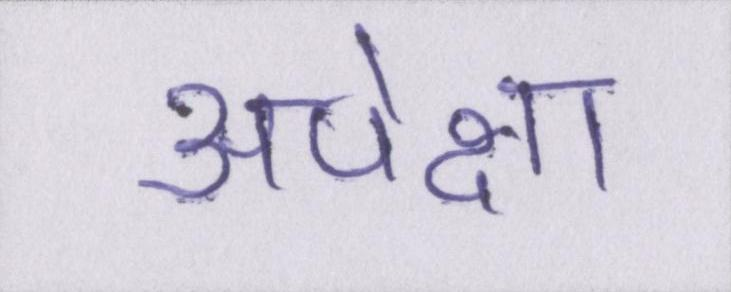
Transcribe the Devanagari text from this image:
अपेक्षा